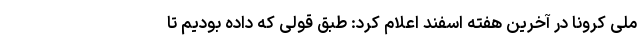
ملی کرونا در آخرین هفته اسفند اعلام کرد: طبق قولی که داده بودیم تا